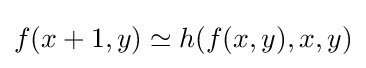
f(x+1,y)\simeq h(f(x,y),x,y)